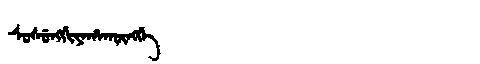
Manchu: ᠰᡠᠰᡠᠩᡤᡳᠶᠠᡥᠠᡴᡡᠩᡤᡝ
Romanization: SUSUNGGIYAHAKŪNGGE